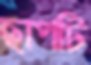
ছাপটি